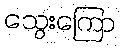
သွေးကြော